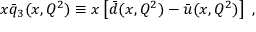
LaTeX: x \bar { q } _ { 3 } ( x , Q ^ { 2 } ) \equiv x \left[ \bar { d } ( x , Q ^ { 2 } ) - \bar { u } ( x , Q ^ { 2 } ) \right] \ ,